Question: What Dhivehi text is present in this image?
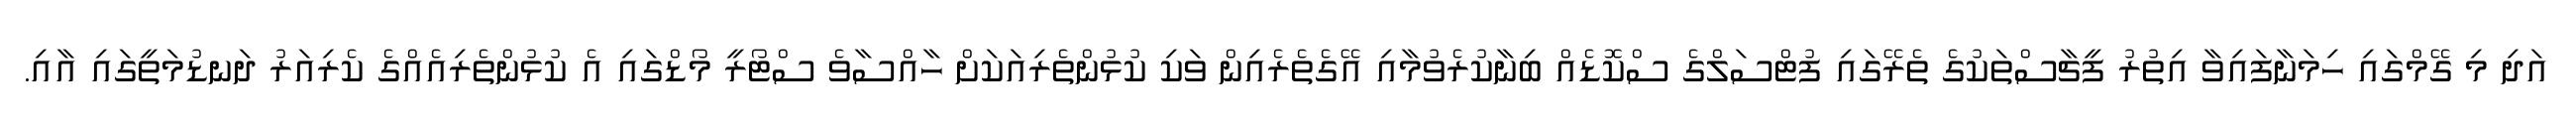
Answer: އަދި މި ގޭމްގައި ހިމަނާފައިވާ އިތުރު ފީޗާސްތަކުގެ ތެރޭގައި ފުޓްސަލްގެ ސްކޮޑެއް ބިނާކުރެވުމާއި އޭގެތެރެއިން ވަކި ކުޅުންތެރިއަކަށް ހާއްސާވެ ސްޓޯރީ މޯޑްގައި އެ ކުޅުންތެރިއެއްގެ ކެރިއަރު ދަނޑުމަތީގައި އާއި.